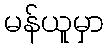
မန်ယူမှာ